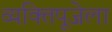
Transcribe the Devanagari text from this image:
व्यक्तिपूजेला